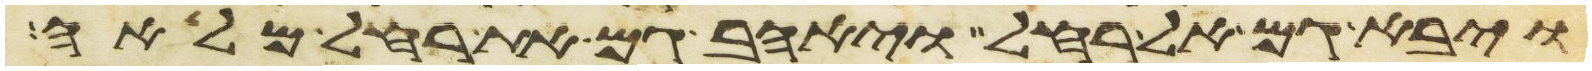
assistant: ויבא גם אל רחל ויאהב גם את רחל מלאה